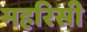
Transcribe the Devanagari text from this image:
महरिसी